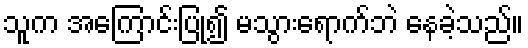
သူက အကြောင်းပြု၍ မသွားရောက်ဘဲ နေခဲ့သည်။